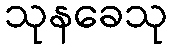
သုနခေသု